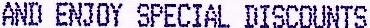
AND ENJOY SPECIAL DISCOUNTS